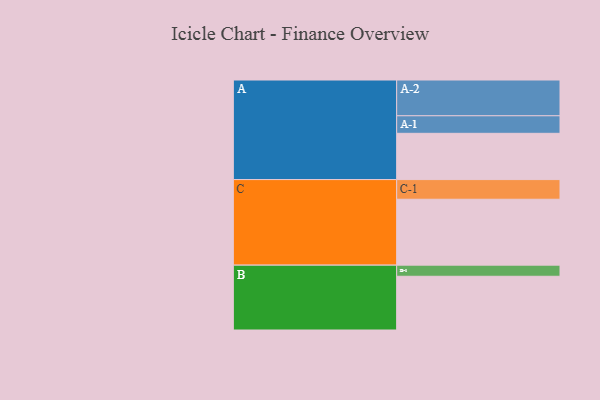
{"axis": {"x": "Segment", "y": "Value"}, "legend": ["", "A", "B", "C"], "data": [{"x": "A", "y": 353, "type": ""}, {"x": "B", "y": 410, "type": ""}, {"x": "C", "y": 503, "type": ""}, {"x": "A-1", "y": 134, "type": "A"}, {"x": "A-2", "y": 273, "type": "A"}, {"x": "B-1", "y": 85, "type": "B"}, {"x": "C-1", "y": 150, "type": "C"}]}